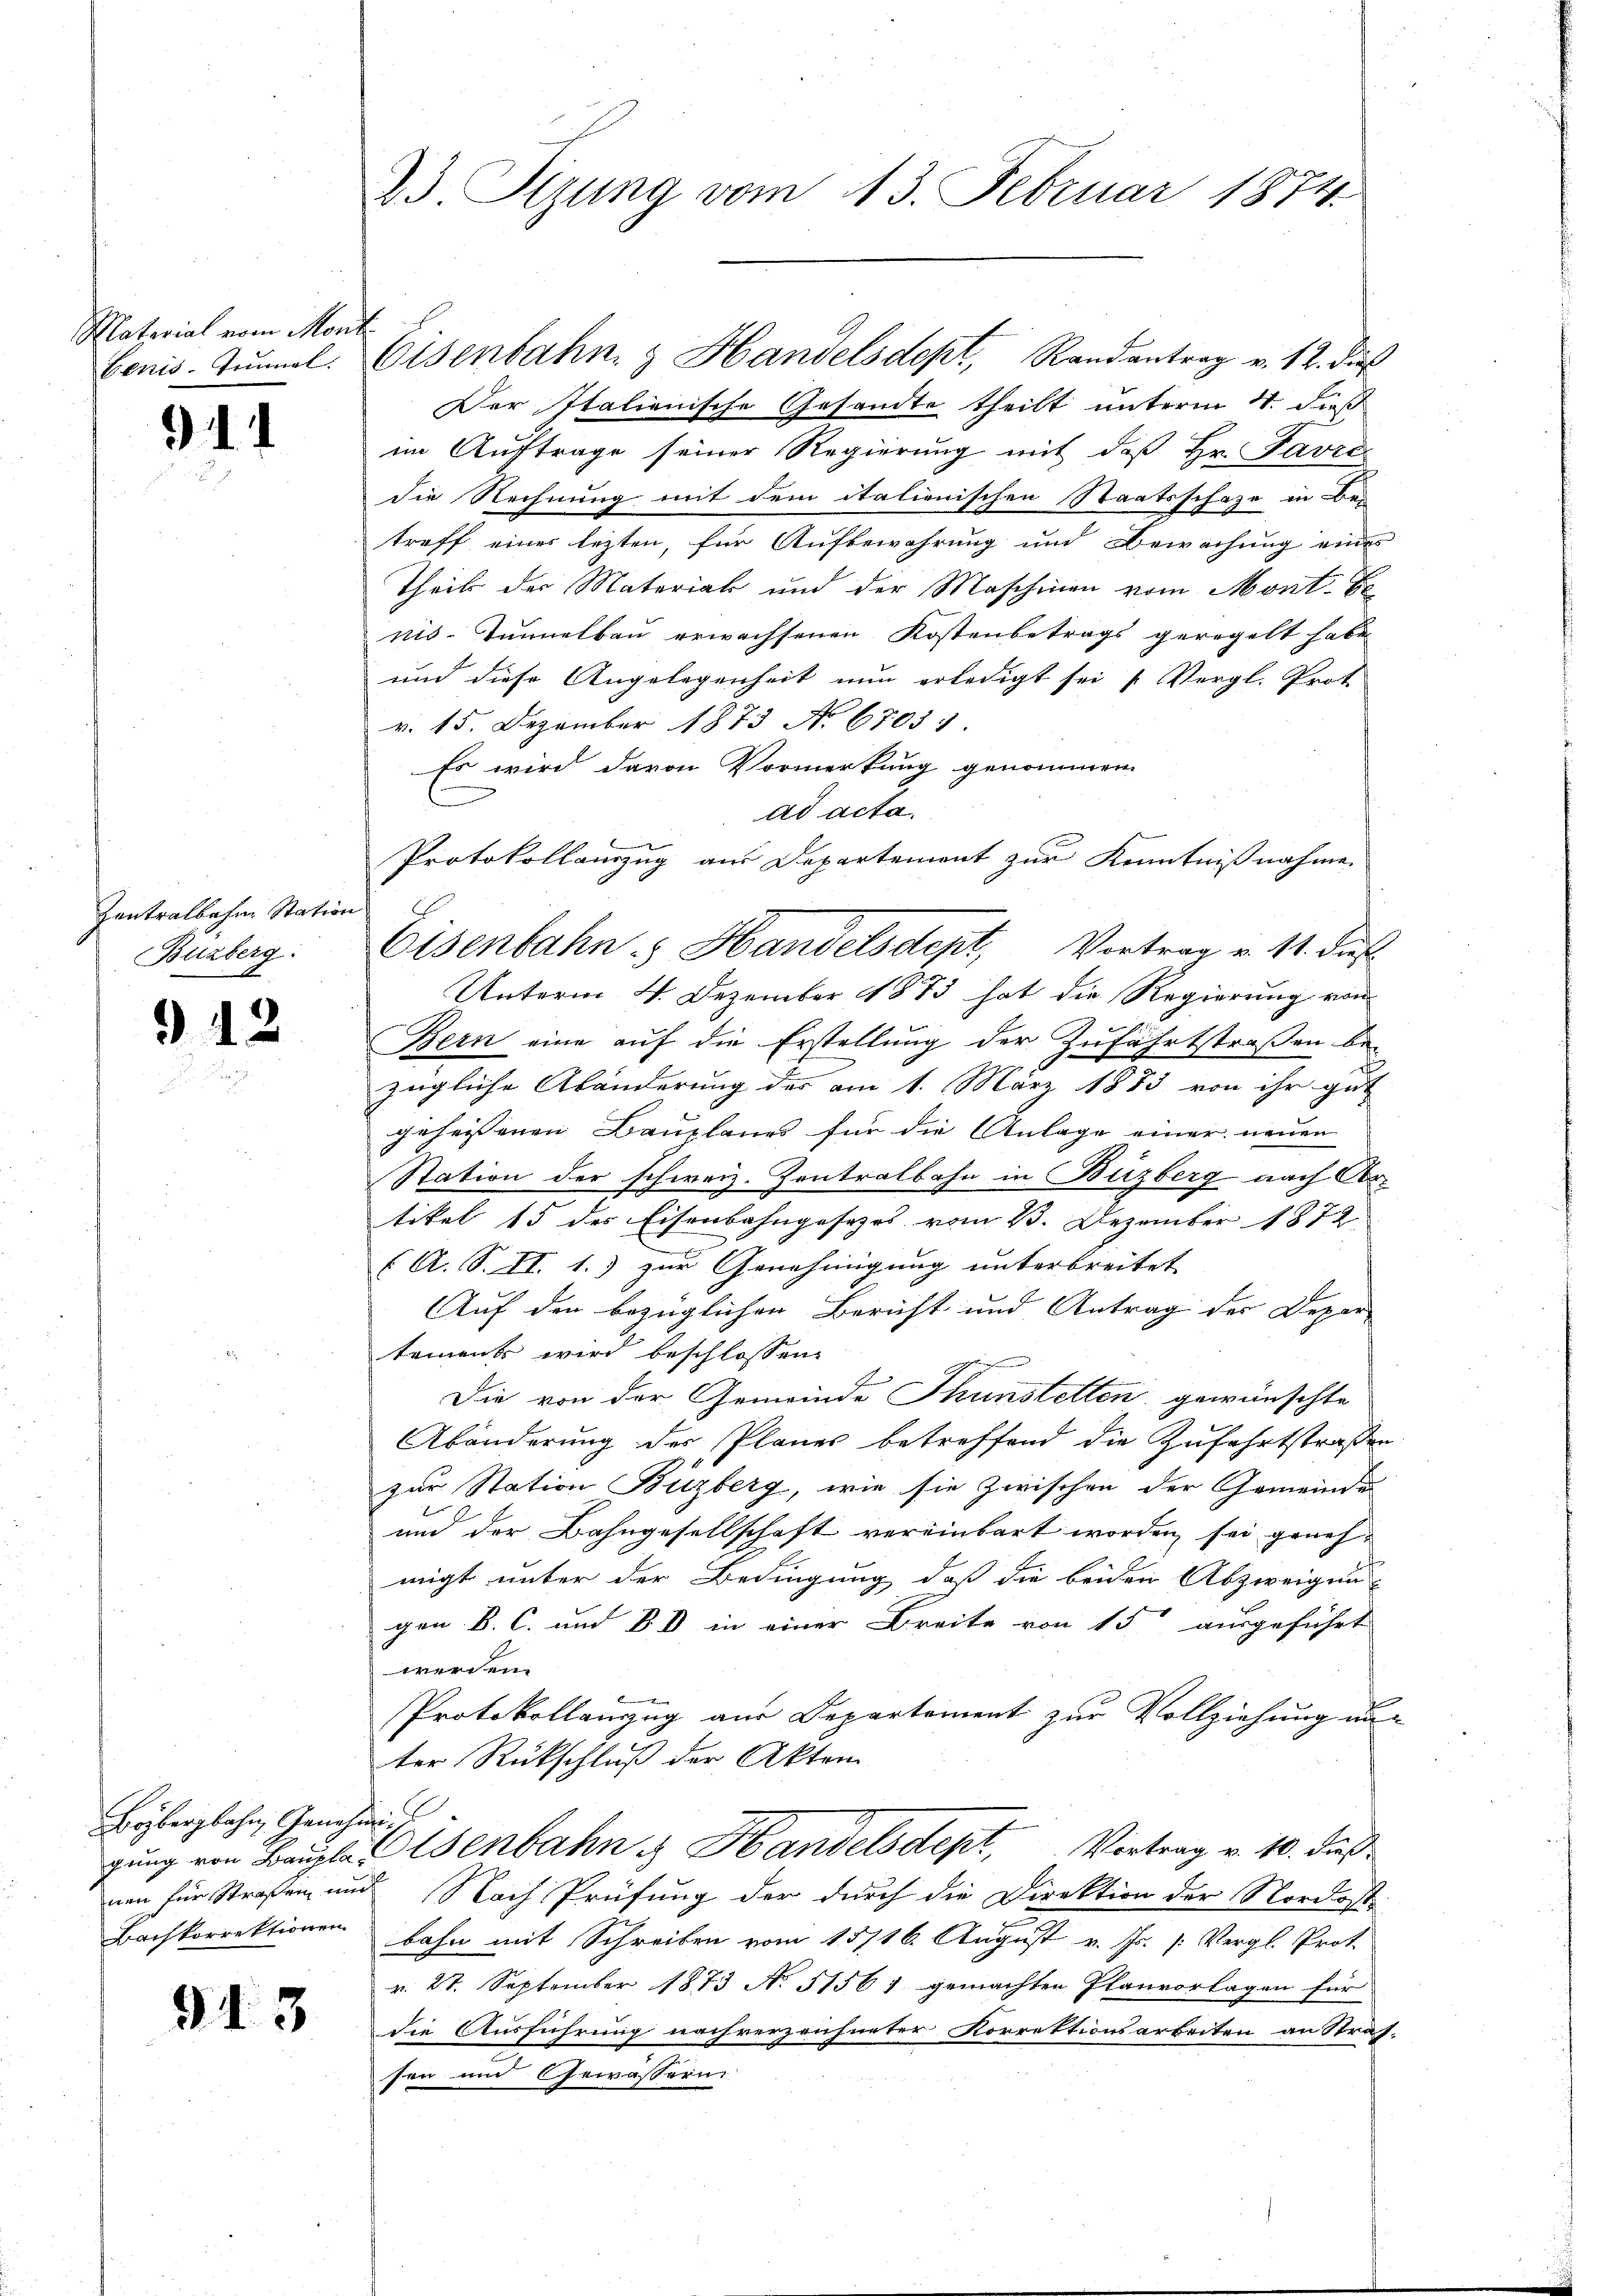
Material vom Mont
Benis-Zimmel.

911

Zentralbahne Station
Buzberg.
A

912

Beybergbahn, Genehm
gung von Baupla
Bachkorrektionen

913

23 Sizung vom 13. Februar 1874.

Der Italienische Gesandte theilt unterm 4. dieß
im Auftrage seiner Regierung mit daß Hr. Favre
die Rechnung mit dem italienischen Staatsschafe in bei
troff einer lezten, für Aufbewahrung und Bewachung eines
Theils der Material und der Maschinen vom Mont. Ei
nis-Tunnelbau erwachsenen Kostenbetrags geregelt habe
und diese Angelegenheit nun erledigt sei „Vergl. Prot
v. 15. Dezember 1873 A. 6703:
Es wird davon Vormerkung genommen.
ad acta.
Protokollauszug aus Departement zur Kenntnißnahme.
Unterm 4. Dezember 1873 hat die Regierung von
Bern eine auf die Erstellung der Zufahrtstraßen be-
zügliche Abänderung der am 1. März 1883 von ihr gut
geheissenen Bauplanes für die Anlage einer neuen
Station der schweiz. Zentralbahn in Buzberg nach Artikel 15 des Eisenbahngesezes vom 23. Dezember 1872
(A. S. II. 1.) zur Genehmigung unterbreitet |
Auf den bezüglichen Bericht und Antrag der Deper
tements wird beschlossen
E
Die von der Gemeinde Thunstelten, gewünschte
Abänderung der Planer betreffend die Zufahrtstraßen
zur Station Buzberg, wie sie zwischen der Gemeinde
und der Bahngesellschaft vereinbart worden sei genehmigt unter der Bedingung, daß die beiden Abzweigen-
gen B. C. und 80 in einer Breite von 15 ausgeführt
werden.
k
Protokollanzug aus Departement zur Vollziehung un-
ter Rückschluß der Akten
f
wolsenbahn & Handelsdept, Vertrag v. 10. dieß
nen für Straßen und Nach Prüfung der durch die Direktion der Nordost-
bahn mit Schreiben vom 15716. August v. Js. [: Vergl. Prot.
v. 27. September 1873 No. 51567 gemachten Planvorlagen für
die Ausführung nachverzeichneter Korrektionsarbeiten an Straf-
sen und Gewässern

Eisenbahn & Handelsdept, Randantrag v. 12. dieß

Eisenbahn & Handelsdept, Vortrag v. 11. Fuß